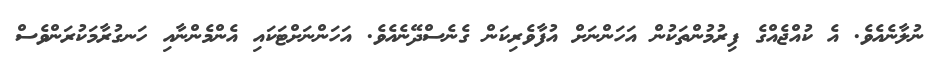
ނުލާނެއެވެ. އެ ކުއްޖެއްގެ ފިރުމުންތަކުން އަހަންނަށް އުފާވެރިކަން ގެނެސްދޭނެއެވެ. އަހަންނަށްޓަކައި އެންމެންނާއި ހަނގުރާމަކުރަންވެސް